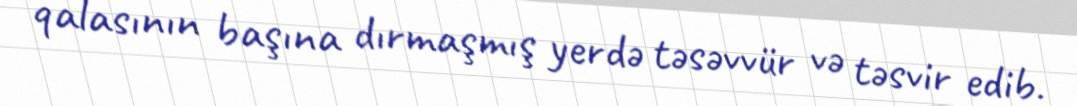
qalasının başına dırmaşmış yerdə təsəvvür və təsvir edib.